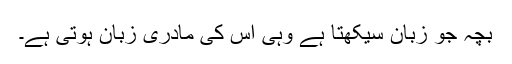
بچہ جو زبان سیکھتا ہے وہی اس کی مادری زبان ہوتی ہے۔